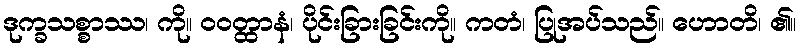
ဒုက္ခသစ္စာဿ၊ ကို။ ဝဝတ္ထာနံ၊ ပိုင်းခြားခြင်းကို။ ကတံ၊ ပြုအပ်သည်။ ဟောတိ၊ ၏။